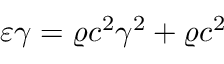
\varepsilon \gamma = \varrho c ^ { 2 } \gamma ^ { 2 } + \varrho c ^ { 2 }